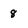
Character: 8